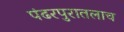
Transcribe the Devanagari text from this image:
पंढरपुरातलाच